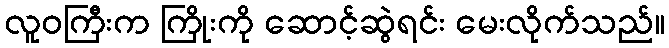
လူဝကြီးက ကြိုးကို ဆောင့်ဆွဲရင်း မေးလိုက်သည်။